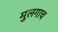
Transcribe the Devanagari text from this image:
मुलगाच